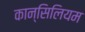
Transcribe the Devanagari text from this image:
कान्सिलियम